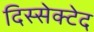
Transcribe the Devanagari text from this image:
दिस्सेक्टेद